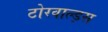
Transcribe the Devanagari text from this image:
टोरवाल्ड्स